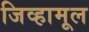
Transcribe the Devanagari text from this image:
जिव्हामूल